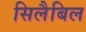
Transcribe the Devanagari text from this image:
सिलैबिल